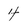
Character: 4